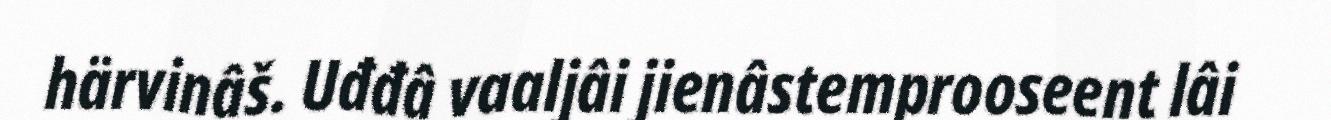
härvinâš. Uđđâ vaaljâi jienâstemprooseent lâi